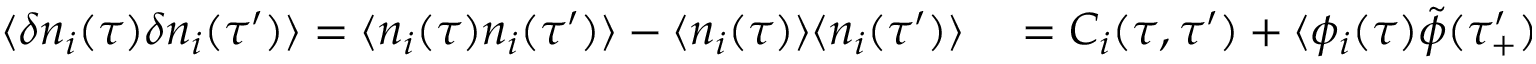
\begin{array} { r l } { \langle \delta n _ { i } ( \tau ) \delta n _ { i } ( \tau ^ { \prime } ) \rangle = \langle n _ { i } ( \tau ) n _ { i } ( \tau ^ { \prime } ) \rangle - \langle n _ { i } ( \tau ) \rangle \langle n _ { i } ( \tau ^ { \prime } ) \rangle } & { { } = C _ { i } ( \tau , \tau ^ { \prime } ) + \langle \phi _ { i } ( \tau ) \tilde { \phi } ( \tau _ { + } ^ { \prime } ) \phi _ { i } ( \tau ^ { \prime } ) \rangle } \end{array}